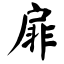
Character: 扉